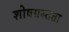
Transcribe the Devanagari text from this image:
शोषग्रस्तता